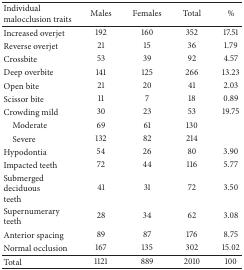
<table><thead><tr><td><b>Individual malocclusion traits</b></td><td><b>Males</b></td><td><b>Females</b></td><td><b>Total</b></td><td><b>%</b></td></tr></thead><tbody><tr><td>Increased overjet</td><td>192</td><td>160</td><td>352</td><td>17.51</td></tr><tr><td>Reverse overjet</td><td>21</td><td>15</td><td>36</td><td>1.79</td></tr><tr><td>Crossbite</td><td>53</td><td>39</td><td>92</td><td>4.57</td></tr><tr><td>Deep overbite</td><td>141</td><td>125</td><td>266</td><td>13.23</td></tr><tr><td>Open bite</td><td>21</td><td>20</td><td>41</td><td>2.03</td></tr><tr><td>Scissor bite</td><td>11</td><td>7</td><td>18</td><td>0.89</td></tr><tr><td>Crowding mild</td><td>30</td><td>23</td><td>53</td><td>19.75</td></tr><tr><td> Moderate</td><td>69</td><td>61</td><td>130</td><td> </td></tr><tr><td> Severe</td><td>132</td><td>82</td><td>214</td><td> </td></tr><tr><td>Hypodontia</td><td>54</td><td>26</td><td>80</td><td>3.90</td></tr><tr><td>Impacted teeth</td><td>72</td><td>44</td><td>116</td><td>5.77</td></tr><tr><td>Submerged deciduousteeth</td><td>41</td><td>31</td><td>72</td><td>3.50</td></tr><tr><td>Supernumerary teeth</td><td>28</td><td>34</td><td>62</td><td>3.08</td></tr><tr><td>Anterior spacing</td><td>89</td><td>87</td><td>176</td><td>8.75</td></tr><tr><td>Normal occlusion</td><td>167</td><td>135</td><td>302</td><td>15.02</td></tr><tr><td>Total</td><td>1121</td><td>889</td><td>2010</td><td>100</td></tr></tbody></table>